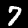
Digit: 7